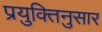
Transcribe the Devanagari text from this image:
प्रयुक्तिनुसार